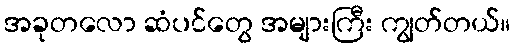
အခုတလော ဆံပင်တွေ အများကြီး ကျွတ်တယ်။